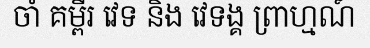
ចាំ គម្ពីរ វេទ និង វេទង្គ ព្រាហ្មណ៍